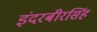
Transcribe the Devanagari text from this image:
इंदरबीरसिंह